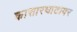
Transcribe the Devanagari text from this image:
कासारघाटावर